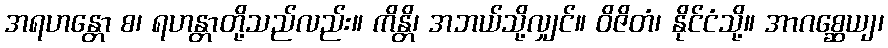
အရဟန္တော စ၊ ရဟန္တာတို့သည်လည်း။ ကိန္တိ၊ အဘယ်သို့လျှင်။ ဝိဇိတံ၊ နိုင်ငံသို့။ အာဂစ္ဆေယျ၊